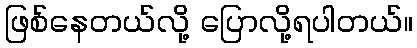
ဖြစ်နေတယ်လို့ ပြောလို့ရပါတယ်။